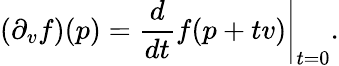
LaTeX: (\partial_{v}f)(p)=\left.{\frac{d}{dt}}f(p+tv)\right|_{t=0}.